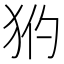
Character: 𤝧